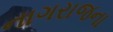
નાગરાજના